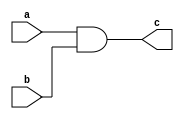
module And_1bit(c,a,b);
input a,b;
output c;
and (c,a,b);
endmodule